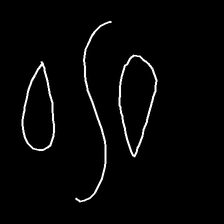
Glyph: water